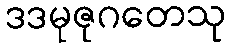
ဒဒမုဇုဂတေသု